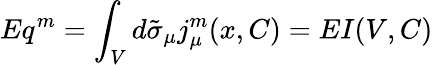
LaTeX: Eq^{m}=\int_{V}d\tilde{\sigma}_{\mu}j_{\mu}^{m}(x,C)=EI(V,C)